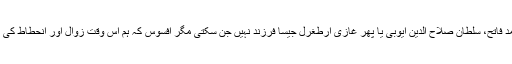
کہ محمد بن قاسم، ؒسلطان محمد فاتح،ؒ سلطان صلاح الدین ایوبیؒ یا پھر غازی ارطغرل جیسا فرزند نہیں جن سکتی مگر افسوس کہ ہم اس وقت زوال اور انحطاط کی اس منزل کو پہنچ چکے ہیں ۔